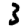
Digit: 3